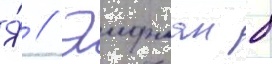
Я́ // Эифман б